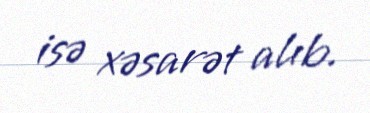
isə xəsarət alıb.